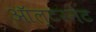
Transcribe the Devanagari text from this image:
ऑल्टरनेट